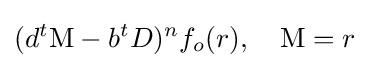
(d^{t}\mathrm {M} -b^{t}D)^{n}f_{o}(r),\quad \mathrm {M} =r